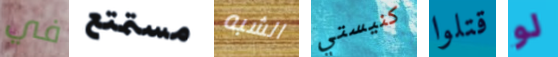
في مستمتع الشبه كنيستي قتلوا لو